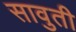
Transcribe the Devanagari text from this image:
सावुती